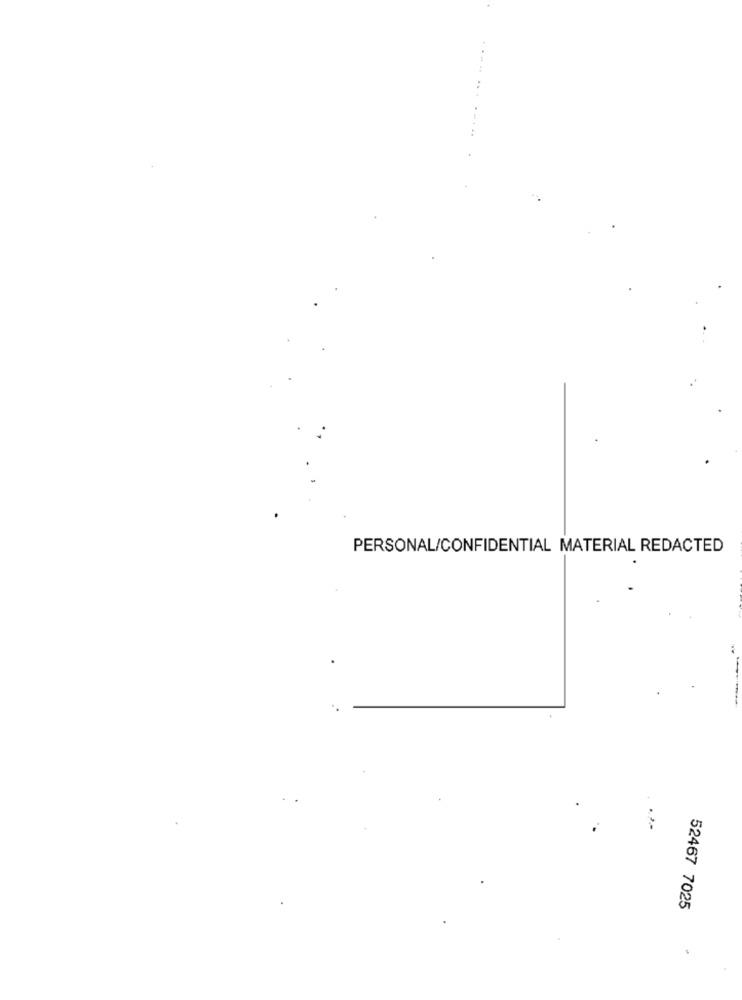
..
.... .....
PERSONAL/CONFIDENTIAL MATERIAL REDACTED
52467 7025